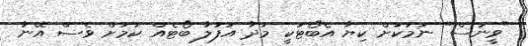
"ވީނަސް" ނަމަކަށް ކިޔާ އެބޯޓަކީ މުދާ އުފުލާ ބޯޓެއް ކަމަށް ވެސް އޭނާ